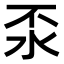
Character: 𣲮